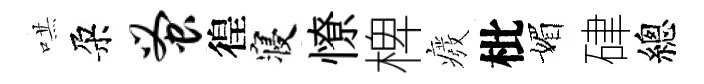
哄朶蚤徨寝憭椑癈枇媚硉總